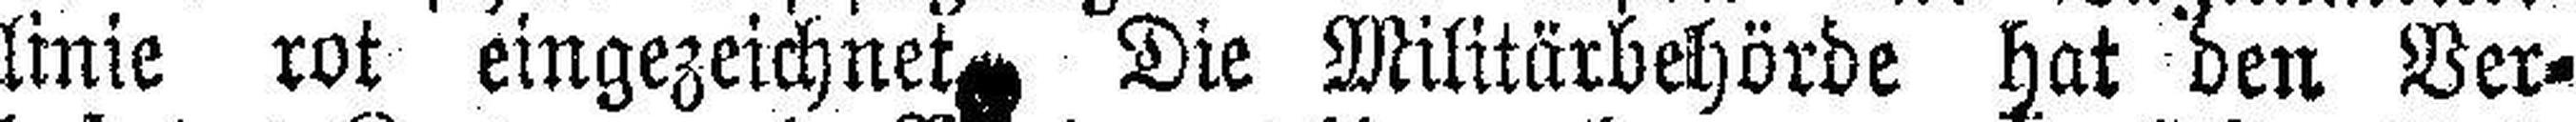
linie rot eingezeichnet Die Militärbehörde hat den Ver¬